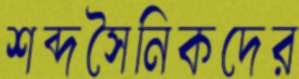
শব্দসৈনিকদের